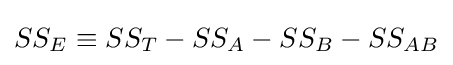
SS_{E}\equiv SS_{T}-SS_{A}-SS_{B}-SS_{AB}